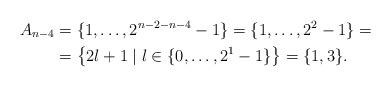
LaTeX: \begin{align*}A_{n-4}&=\{1,\dots,2^{n-2-n-4}-1\}=\{1,\dots,2^2-1\}=\\&=\left\{2l+1\mid l\in\{0,\dots,2^1-1\}\right\}=\{1,3\}.\end{align*}